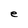
Character: e